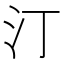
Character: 汀